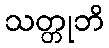
သတ္တုဘိ